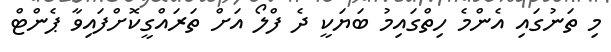
މި ތަނުގައި އެންމެ ހިތްގައިމު ބަޔަކީ ދެ ފްލޯ އަށް ތަރައްގީކޮށްފައިވާ ޕެންޓް